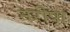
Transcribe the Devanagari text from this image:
नरीपा